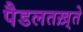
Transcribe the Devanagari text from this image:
पैडलतख़्ते